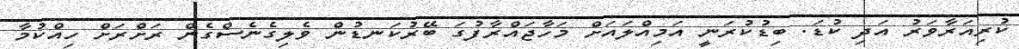
ކުރިއަރާވަރު އަދި ކުޑަ. ބިޑުކުރަނީ އަމިއްލައަށް މަހާޖައްރާފުގަ ބޭރުކަނޑުން ވެލިގެނެސްގެން ރަށްރަށް ހިއްކުމާ